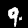
Label: 9